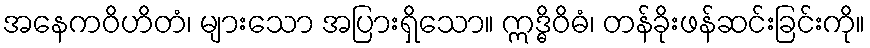
အနေကဝိဟိတံ၊ များသော အပြားရှိသော။ ဣဒ္ဓိဝိဓံ၊ တန်ခိုးဖန်ဆင်းခြင်းကို။